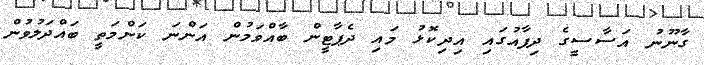
ގާނޫނު އަސާސީގެ ދިފާއުގައި އިދިކޮޅު މައި ދެޕާޓީން ބާއްވަމުން އަންނަ ކަންމަތީ ބައްދަލުވުން